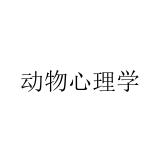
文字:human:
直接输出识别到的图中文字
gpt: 动物心理学